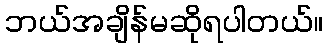
ဘယ်အချိန်မဆိုရပါတယ်။